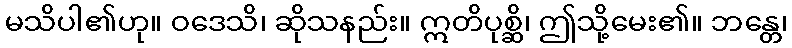
မသိပါ၏ဟု။ ဝဒေသိ၊ ဆိုသနည်း။ ဣတိပုစ္ဆိ၊ ဤသို့မေး၏။ ဘန္တေ၊